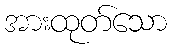
အားထုတ်သော